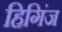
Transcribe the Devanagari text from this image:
हिगिंज